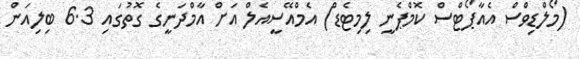
(މޯލްޑިވްސް އެއާޕޯޓްސް ކޮމްޕެނީ ލިމިޓެޑް) އެމްއޭސީއެލް އަށް އާމްދަނީގެ ގޮތުގައި 6.3 ބިލިއަން